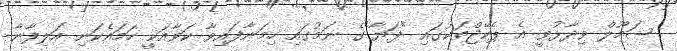
ޝަމޫލް ވިދާޅުވީ އެ ޕެކޭޖްތަކުގައި "ފަޔާ"ގެ ނަމުގައި ހިމަނާފައިވާ ކަވާއަކީ ހަމައެކަނި އަލިފާނާ